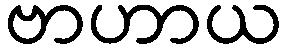
ဗာဟာယ